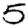
Digit: 5